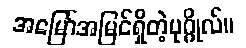
အမြော်အမြင်ရှိတဲ့ပုဂ္ဂိုလ်။